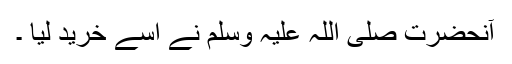
آنحضرت صلی اللہ علیہ وسلم نے اسے خرید لیا ۔